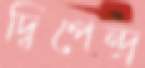
দ্বিপেন্দ্র